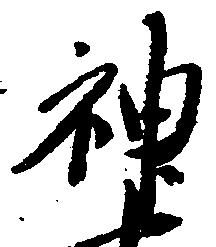
神